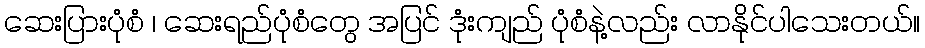
ဆေးပြားပုံစံ ၊ ဆေးရည်ပုံစံတွေ အပြင် ဒုံးကျည် ပုံစံနဲ့လည်း လာနိုင်ပါသေးတယ်။